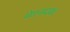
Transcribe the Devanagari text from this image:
मेघनादबध